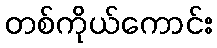
တစ်ကိုယ်ကောင်း